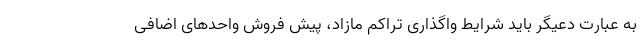
به عبارت دعیگر باید شرایط واگذاری تراکم مازاد، پیش فروش واحدهای اضافی